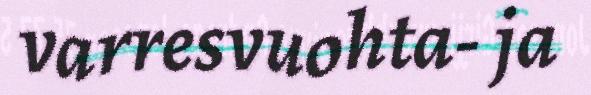
varresvuohta- ja